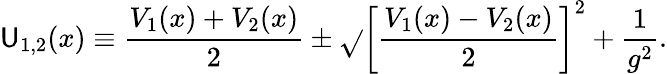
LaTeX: \mathsf{U}_{1,2}(x)\equiv{\frac{{V_{1}(x)+V_{2}(x)}}{{2}}}\pm\sqrt{}{{\left[{\frac{{V_{1}(x)-V_{2}(x)}}{{2}}}\right]^{2}+{\frac{{1}}{{g^{2}}}}}}.